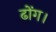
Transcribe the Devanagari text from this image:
ढोंग।